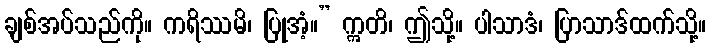
ချစ်အပ်သည်ကို။ ကရိဿမိ၊ ပြုအံ့။” ဣတိ၊ ဤသို့။ ပါသာဒံ၊ ပြာသာဒ်ထက်သို့။